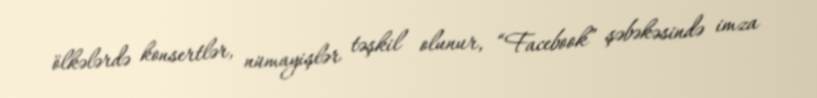
ölkələrdə konsertlər, nümayişlər təşkil olunur, “Facebook” şəbəkəsində imza